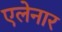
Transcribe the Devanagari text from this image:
एलेनार